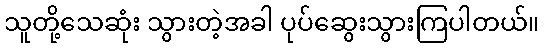
သူတို့သေဆုံး သွားတဲ့အခါ ပုပ်ဆွေးသွားကြပါတယ်။